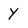
Character: y